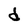
Character: d